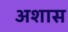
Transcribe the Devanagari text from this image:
अशास